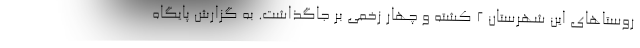
روستاهای این شهرستان ۲ کشته و چهار زخمی بر جاگذاشت. به گزارش پایگاه